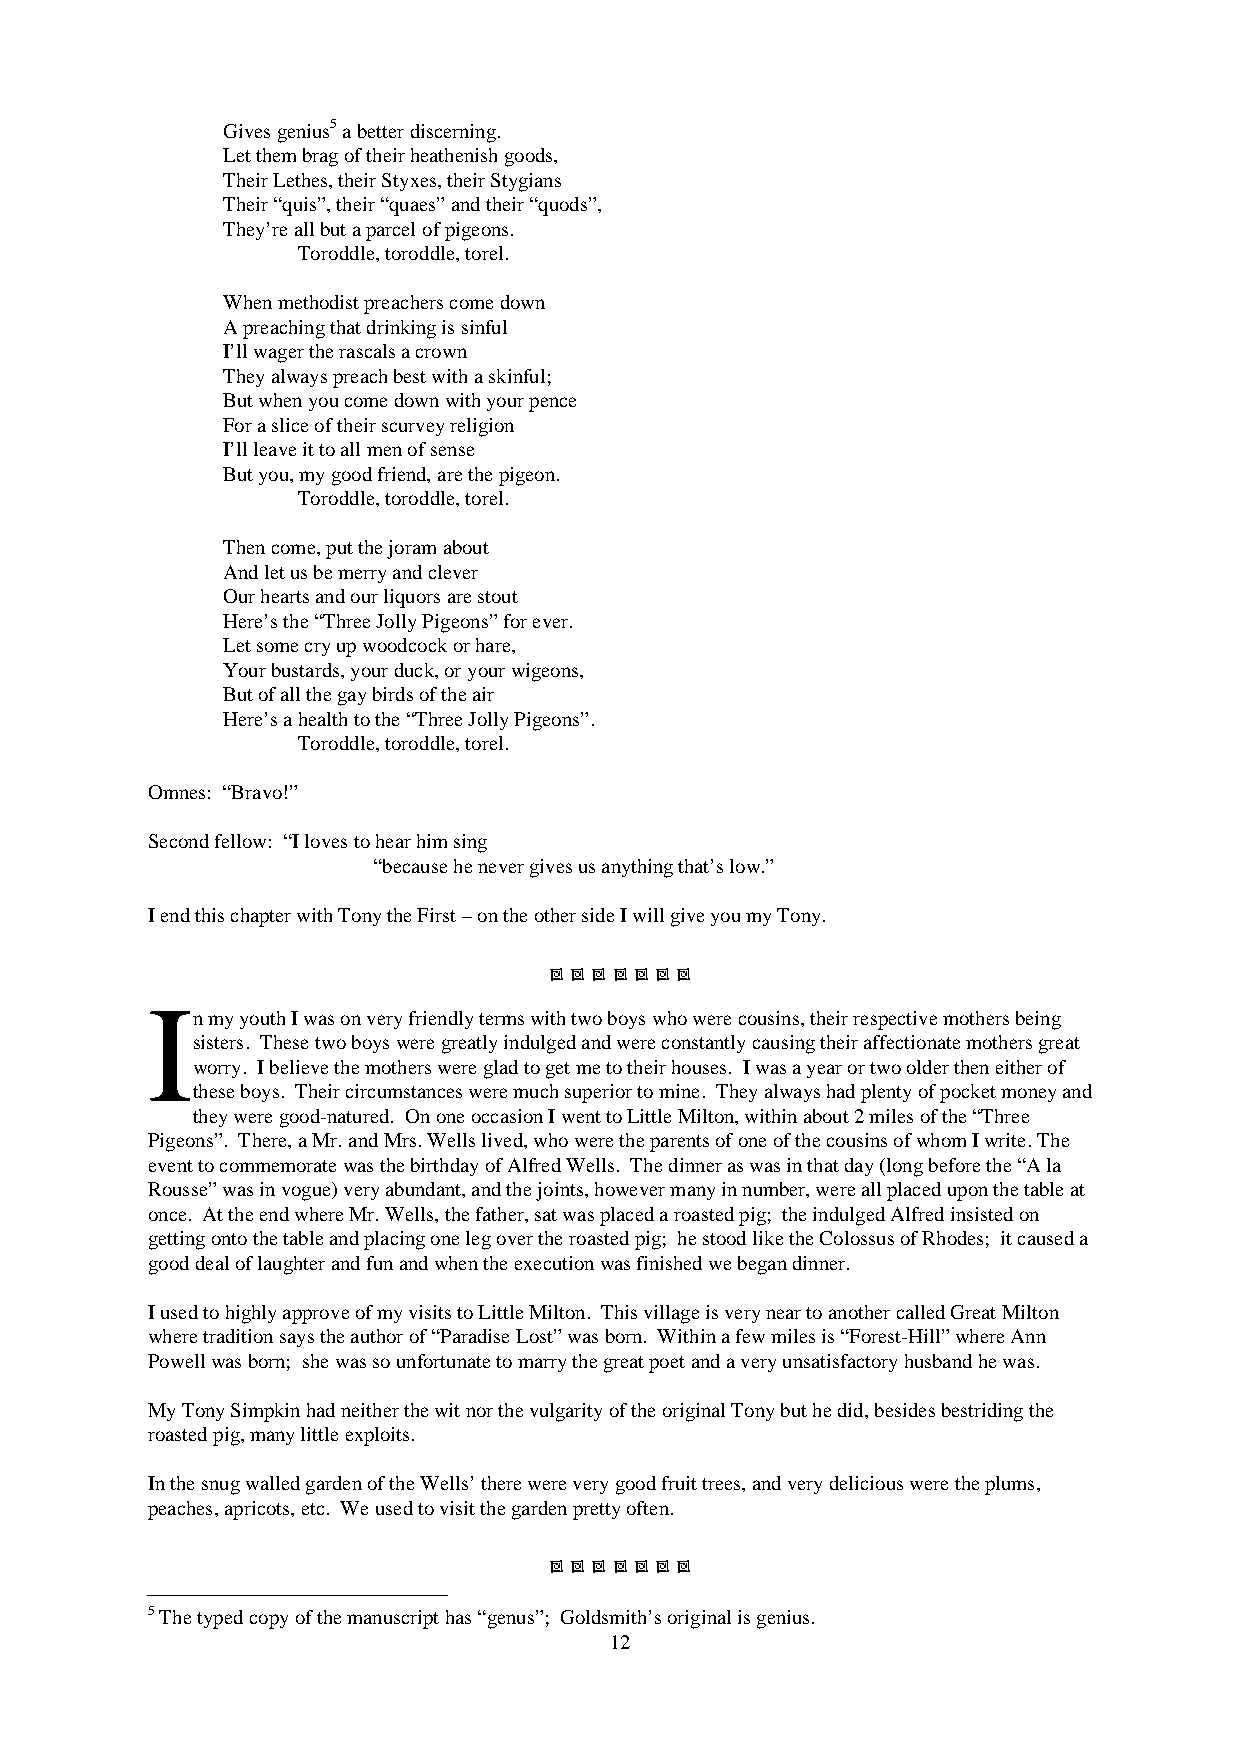
Gives genius5 a better discerning.
 Let them brag of their heathenish goods,
 Their Lethes, their Styxes, their Stygians
 Their “quis”, their “quaes” and their “quods”,
 They’re all but a parcel of pigeons.
 Toroddle, toroddle, torel.
 When methodist preachers come down
 A preaching that drinking is sinful
 I’ll wager the rascals a crown
 They always preach best with a skinful;
 But when you come down with your pence
 For a slice of their scurvey religion
 I’ll leave it to all men of sense
 But you, my good friend, are the pigeon.
 Toroddle, toroddle, torel.
 Then come, put the joram about
 And let us be merry and clever
 Our hearts and our liquors are stout
 Here’s the “Three Jolly Pigeons” for ever.
 Let some cry up woodcock or hare,
 Your bustards, your duck, or your wigeons,
 But of all the gay birds of the air
 Here’s a health to the “Three Jolly Pigeons”.
 Toroddle, toroddle, torel.
 Omnes: “Bravo!”
 Second fellow: “I loves to hear him sing
 “because he never gives us anything that’s low.”
 I end this chapter with Tony the First – on the other side I will give you my Tony.
       
 I
 n my youth I was on very friendly terms with two boys who were cousins, their respective mothers being
 sisters. These two boys were greatly indulged and were constantly causing their affectionate mothers great
 worry. I believe the mothers were glad to get me to their houses. I was a year or two older then either of
 these boys. Their circumstances were much superior to mine. They always had plenty of pocket money and
 they were good-natured. On one occasion I went to Little Milton, within about 2 miles of the “Three
 Pigeons”. There, a Mr. and Mrs. Wells lived, who were the parents of one of the cousins of whom I write. The
 event to commemorate was the birthday of Alfred Wells. The dinner as was in that day (long before the “A la
 Rousse” was in vogue) very abundant, and the joints, however many in number, were all placed upon the table at
 once. At the end where Mr. Wells, the father, sat was placed a roasted pig; the indulged Alfred insisted on
 getting onto the table and placing one leg over the roasted pig; he stood like the Colossus of Rhodes; it caused a
 good deal of laughter and fun and when the execution was finished we began dinner.
 I used to highly approve of my visits to Little Milton. This village is very near to another called Great Milton
 where tradition says the author of “Paradise Lost” was born. Within a few miles is “Forest-Hill” where Ann
 Powell was born; she was so unfortunate to marry the great poet and a very unsatisfactory husband he was.
 My Tony Simpkin had neither the wit nor the vulgarity of the original Tony but he did, besides bestriding the
 roasted pig, many little exploits.
 In the snug walled garden of the Wells’ there were very good fruit trees, and very delicious were the plums,
 peaches, apricots, etc. We used to visit the garden pretty often.
       
 5 The typed copy of the manuscript has “genus”; Goldsmith’s original is genius.
 12